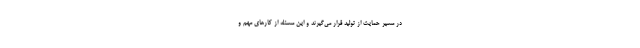
در مسیر حمایت از تولید قرار می‌گیرند و این مسئله از کارهای مهم و